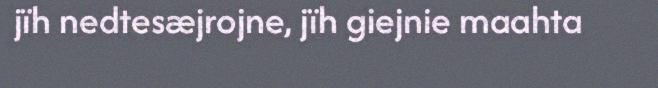
jïh nedtesæjrojne, jïh giejnie maahta